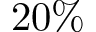
2 0 \%